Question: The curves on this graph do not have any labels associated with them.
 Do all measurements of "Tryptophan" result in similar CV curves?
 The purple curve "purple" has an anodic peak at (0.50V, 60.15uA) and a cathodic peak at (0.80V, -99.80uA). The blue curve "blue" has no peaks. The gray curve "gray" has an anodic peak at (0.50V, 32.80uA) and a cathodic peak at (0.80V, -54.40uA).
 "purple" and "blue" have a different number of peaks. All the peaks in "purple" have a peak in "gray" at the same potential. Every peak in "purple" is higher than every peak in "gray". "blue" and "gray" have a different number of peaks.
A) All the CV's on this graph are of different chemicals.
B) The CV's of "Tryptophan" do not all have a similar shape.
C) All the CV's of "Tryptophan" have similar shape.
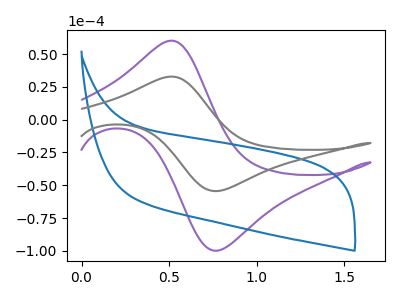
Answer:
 <answer>C) All the CV's of "Tryptophan" have similar shape.</answer>
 <eval>C</eval>